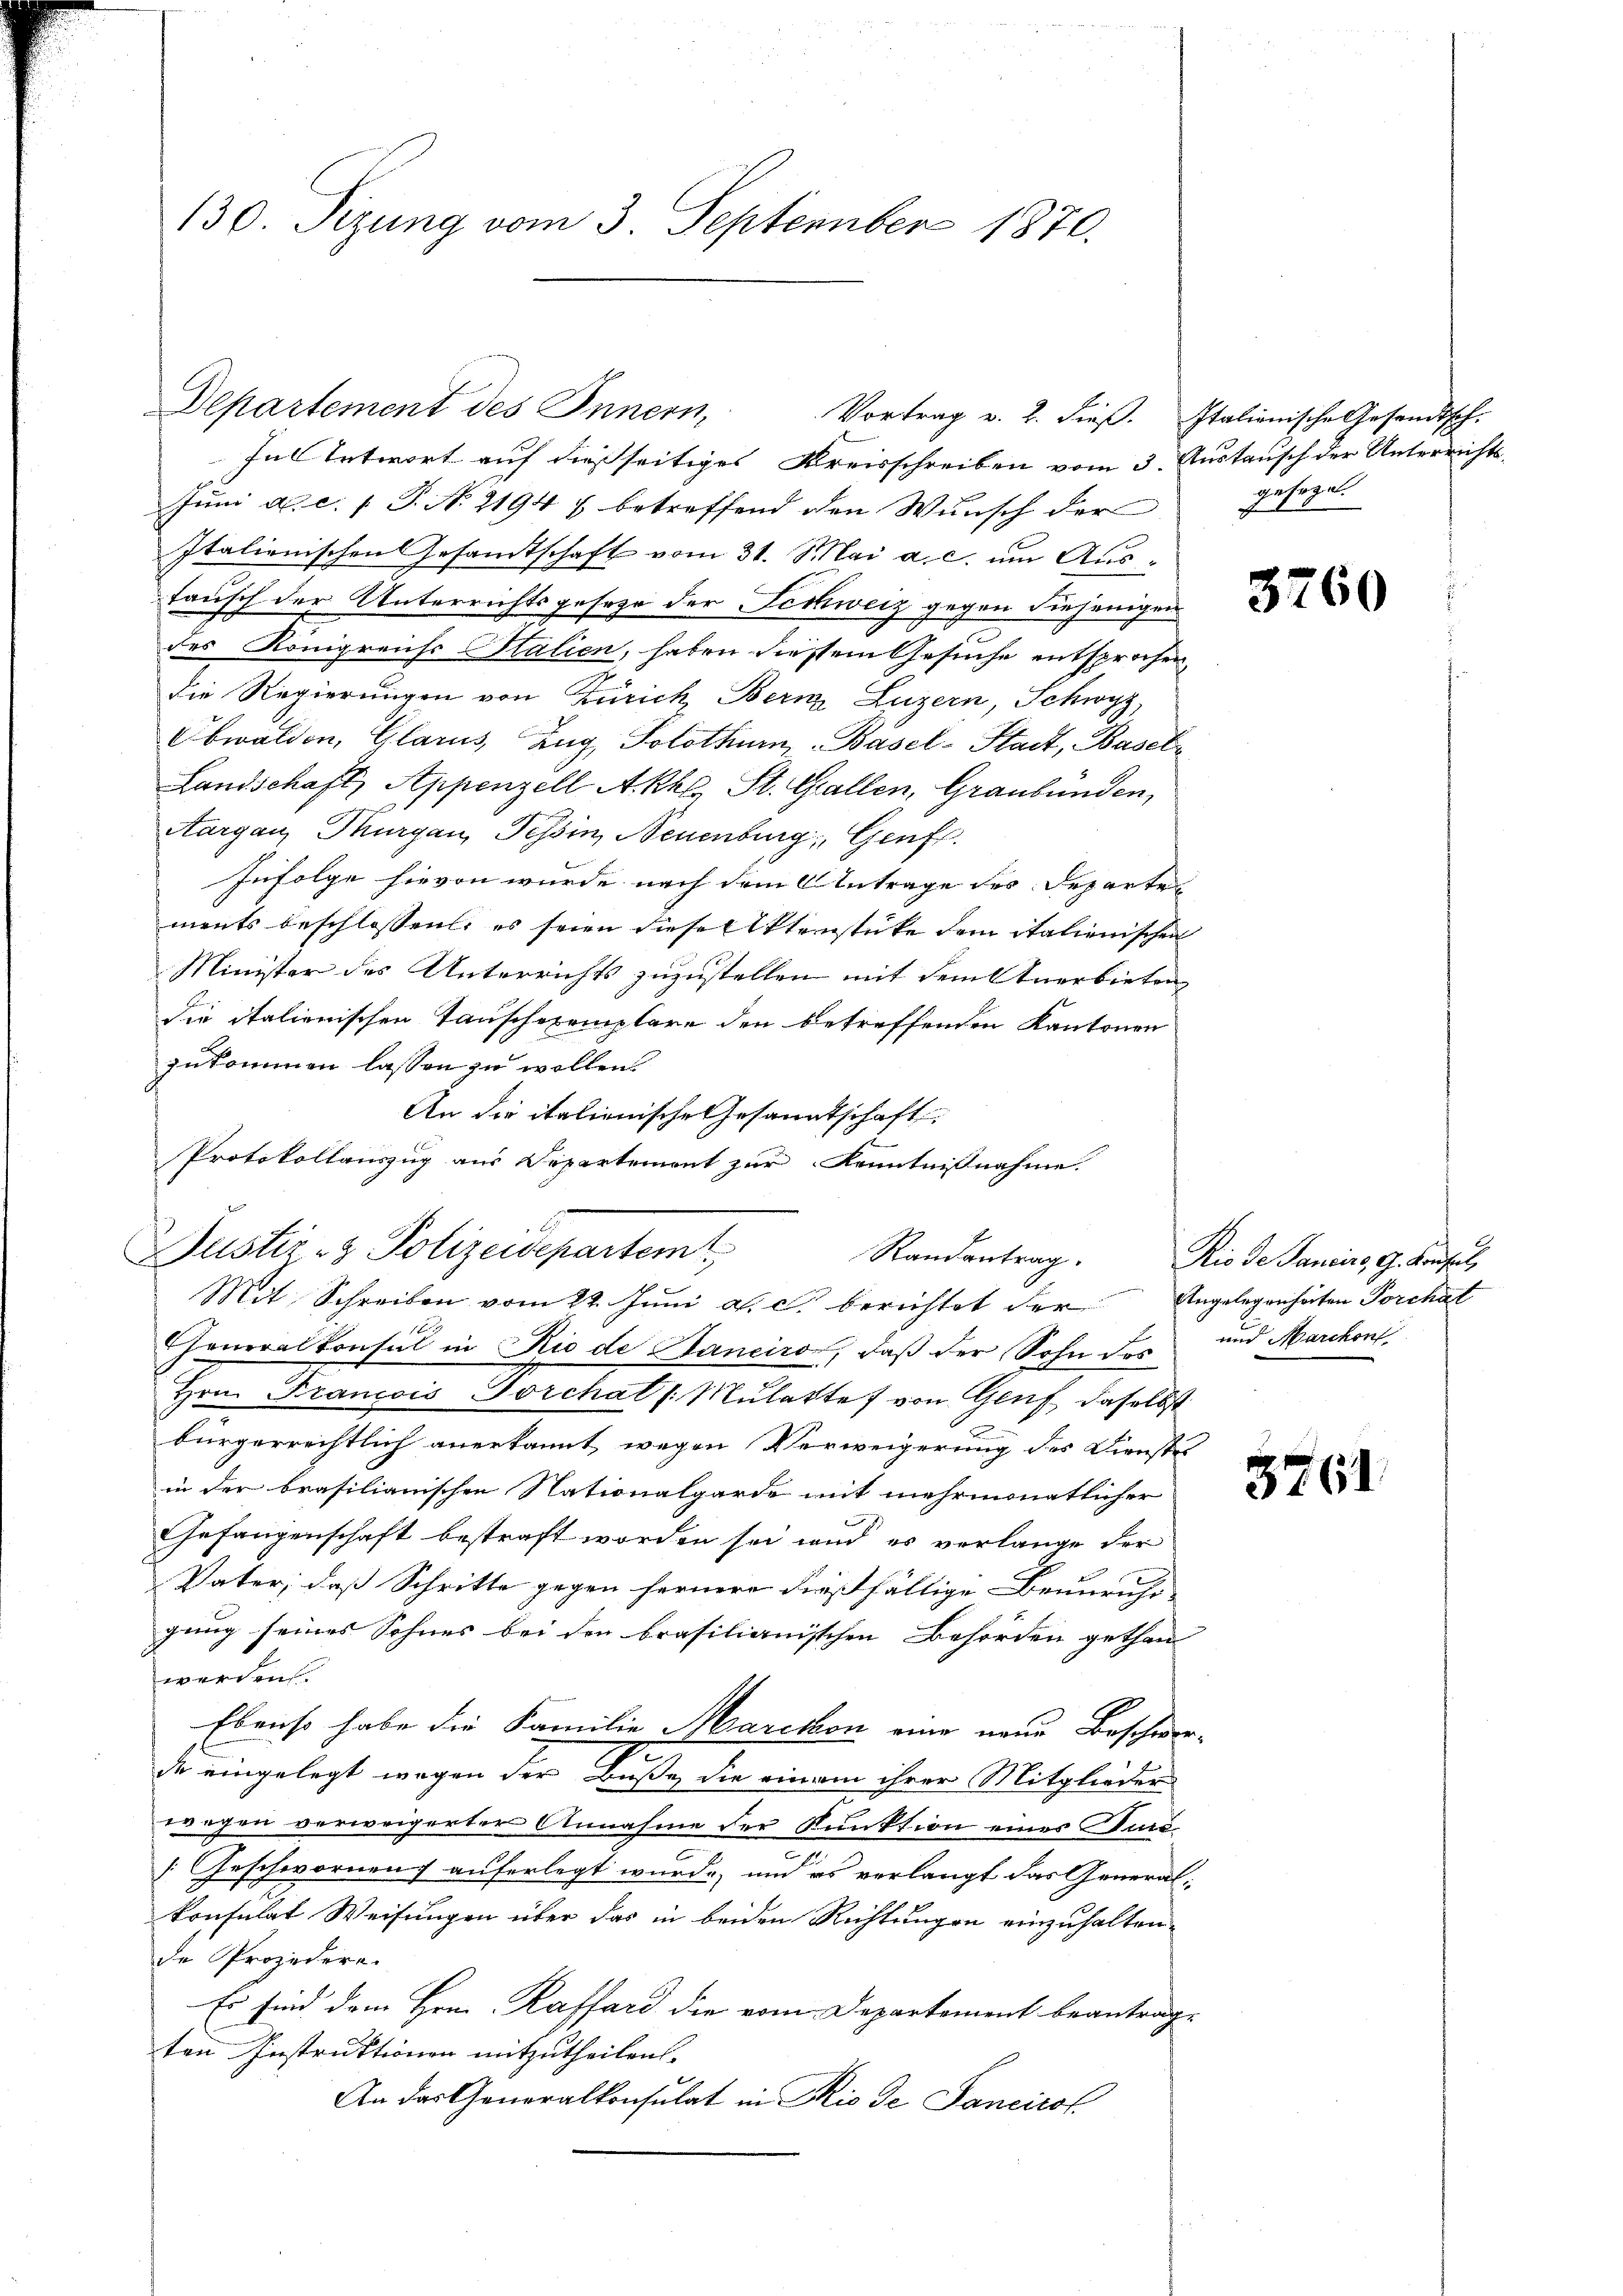
130. Sizung vom 3. September 1870.

Departement des Innern,
Vortrag v. 2. dieβ. Italienische Gesandtsch-

In Entwort auf dießseitiges Kreisschreiben vom 3. Austausch der Unterrichts¬
Juni a. c. f. P. N. 21947 betreffend den Wunsch der gesezet
Italienischen Gesandtschaft vom 31. Mai a. c. um Ausfausch der Unterrichtsgesehr der Techweiz gegen diejenigen
des Königreichs Italien, haben diesem Gesuche entsprochen
die Regierungen von Zürich, Bern Luzern, Schwyz,
Obwalden, Glarus, Zug, Solothurn, Basel-Stadt, Baseln
Landschaft, Appenzell A.-Rh., St. Gallen, Graubünden,
Aargau, Thurgau, Tessin, Neuenburg, Genf
Infolge hievon wurde nach dem Antrage des Departen
ments beschlossen, es seien diesentenstücke dem italienischen
Minister des Unterrichts zuzustellen mit dem verbieten
die italienischen Tauschexemplare den betreffenden Kantonen
zukommen lassen zu wollen.
An die italienische Gesandtschaft
Protokollauszug aus Departement zur Kenntnisnahme.
Randantrag. Rio de Sancirs, G. Konseil,
Mit Schreiben vom 22. Juni a. c. berichtet der Angelegenheiten Porchal
Generalkonsul in Rio de Banciro, daß der Sohn des und Marchon
Hrn. Francois Forchat /: Mulakte von Genf, daselbst
bürgerrechtlich anerkannt, wegen Verweigerung des Dienst
in der brasilianischen Nationalgarde mit mehrmonatlicher
Gefangenschaft bestraft worden sei wird es verlange der
Vater; daß Schritte gegen fernere dießfällige Beunruhe
gung seines Sohnes bei den brasilianischen Behörden gethan
werden.
Ebenso habe die Familie Marchon eine neue Beschwer-
9
de eingelegt wegen der Buße die einem ihrer Mitglieder
wegen verweigerter Annahme der Kunktion eines und
[Geschwornen auferlegt wurde, und es verlangt das General-
konsulat Weisungen über das in beiden Richtungen einzuhalten.
de Prozedure.
Es sind dem Hrn. Raffard die vom Departement beantrag-
ten Instruktionen mitzutheilen. |
An das Generalkonsulat in Rio de Sancirot

Justiz- & Polizeidepartem

3260

3761.